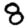
Digit: 8